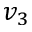
v _ { 3 }